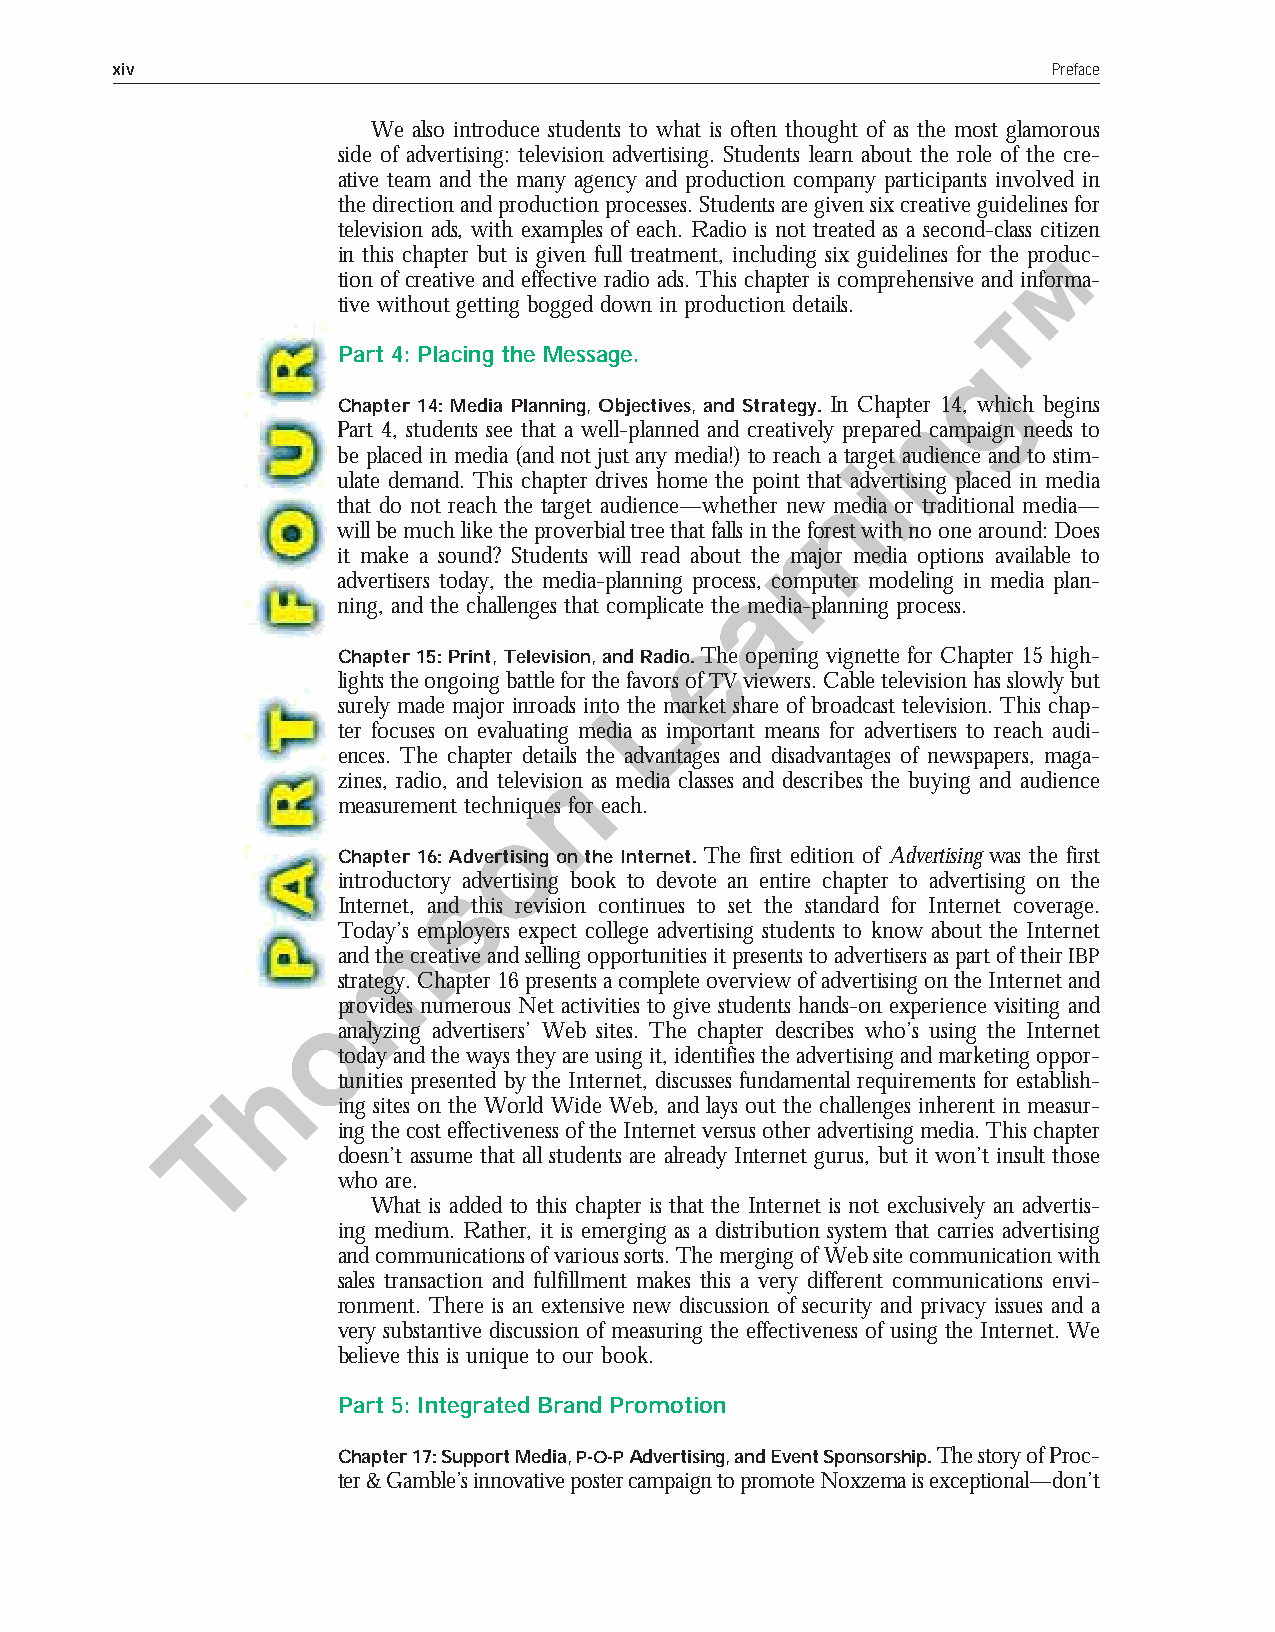
xiv                                                            Preface
 We also introduce students to what is often thought of as the most glamorous
 side of advertising: television advertising. Students learn about the role of the cre-
 ative team and the many agency and production company participants involved in
 the direction and production processes. Students are given six creative guidelines for
 television ads, with examples of each. Radio is not treated as a second-class citizen
 in this chapter but is given full treatment, including six guidelines for the produc-
 tion of creative and effective radio ads. This chapter is comprehensive and informa-
 tive without getting bogged down in production details.
 Part 4: Placing the Message.
 Chapter 14: Media Planning, Objectives, and Strategy. In Chapter 14, which begins
 Part 4, students see that a well-planned and creatively prepared campaign needs to
 be placed in media (and not just any media!) to reach a target audience and to stim-
 ulate demand. This chapter drives home the point that advertising placed in media
 that do not reach the target audience—whether new media or traditional media—
 will be much like the proverbial tree that falls in the forest with no one around: Does
 it make a sound? Students will read about the major media options available to
 advertisers today, the media-planning process, computer modeling in media plan-
 ning, and the challenges that complicate the media-planning process.
 Chapter 15: Print, Television, and Radio. The opening vignette for Chapter 15 high-
 lights the ongoing battle for the favors of TVviewers. Cable television has slowly but
 surely made major inroads into the market share of broadcast television. This chap-
 ter focuses on evaluating media as important means for advertisers to reach audi-
 ences. The chapter details the advantages and disadvantages of newspapers, maga-
 zines, radio, and television as media classes and describes the buying and audience
 measurement techniques for each.
 Chapter 16: Advertising on the Internet. The first edition of Advertising was the first
 introductory advertising book to devote an entire chapter to advertising on the
 Internet, and this revision continues to set the standard for Internet coverage.
 Today’s employers expect college advertising students to know about the Internet
 and the creative and selling opportunities it presents to advertisers as part of their IBP
 strategy. Chapter 16 presents a complete overview of advertising on the Internet and
 provides numerous Net activities to give students hands-on experience visiting and
 analyzing advertisers’ Web sites. The chapter describes who’s using the Internet
 today and the ways they are using it, identifies the advertising and marketing oppor-
 tunities presented by the Internet, discusses fundamental requirements for establish-
 ing sites on the World Wide Web, and lays out the challenges inherent in measur-
 ing the cost effectiveness of the Internet versus other advertising media. This chapter
 doesn’t assume that all students are already Internet gurus, but it won’t insult those
 who are.
 What is added to this chapter is that the Internet is not exclusively an advertis-
 ing medium. Rather, it is emerging as a distribution system that carries advertising
 and communications of various sorts. The merging of Web site communication with
 sales transaction and fulfillment makes this a very different communications envi-
 ronment. There is an extensive new discussion of security and privacy issues and a
 very substantive discussion of measuring the effectiveness of using the Internet. We
 believe this is unique to our book.
 Part 5: Integrated Brand Promotion
 Chapter 17: Support Media, P-O-PAdvertising, and Event Sponsorship. The story of Proc-
 ter & Gamble’s innovative poster campaign to promote Noxzema is exceptional—don’t